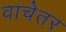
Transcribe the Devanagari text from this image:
वाचेतर